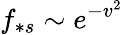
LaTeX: f_{\ast s}\sim e^{-v^{2}}